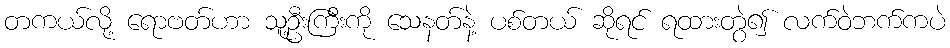
တကယ်လို့ ရောဗတ်ဟာ သူ့ဦးကြီးကို သေနတ်နဲ့ ပစ်တယ် ဆိုရင် ရထားတွဲ၍ လက်ဝဲဘက်ကပဲ